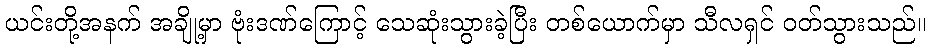
ယင်းတို့အနက် အချို့မှာ ဗုံးဒဏ်ကြောင့် သေဆုံးသွားခဲ့ပြီး တစ်ယောက်မှာ သီလရှင် ဝတ်သွားသည်။